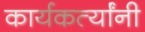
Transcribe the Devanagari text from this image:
कार्यकर्त्यांंनी